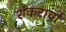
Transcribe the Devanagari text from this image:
शंकरार्चा